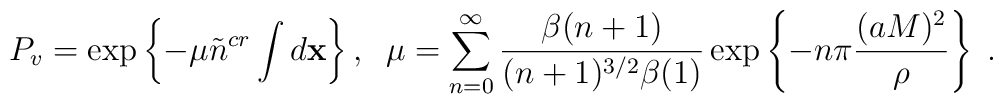
P_v=\exp \left\{ -\mu \tilde n^{cr}\int d{\bf x}\right\} ,\;\;\mu=\sum_{n=0}^\infty \frac{\beta (n+1)}{(n+1)^{3/2}\beta (1)}\exp \left\{-n\pi \frac{(aM)^2}\rho \right\} \;.